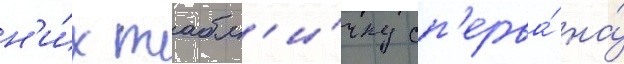
н'и́х табл'и́чку сп'ерва́ на́